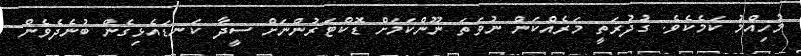
މުހިއްމު ކަމެކެވެ. ގުދުރަތީ މަރެއްކަން ނުވަތަ ނޫންކަމަށް ޑޮކްޓަރުންނަށް ސީދާ ކަނޑައެޅިގެން ބުނެދެވެން